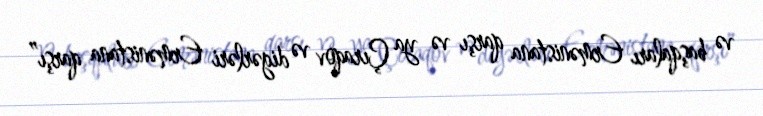
və başqaları Ermənistana qarşı və ya Çıraqov və digərləri Ermənistana qarşı”